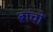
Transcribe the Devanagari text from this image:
ब्रांचों